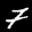
Label: 7